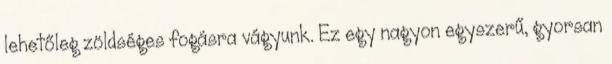
lehetőleg zöldséges fogásra vágyunk. Ez egy nagyon egyszerű, gyorsan